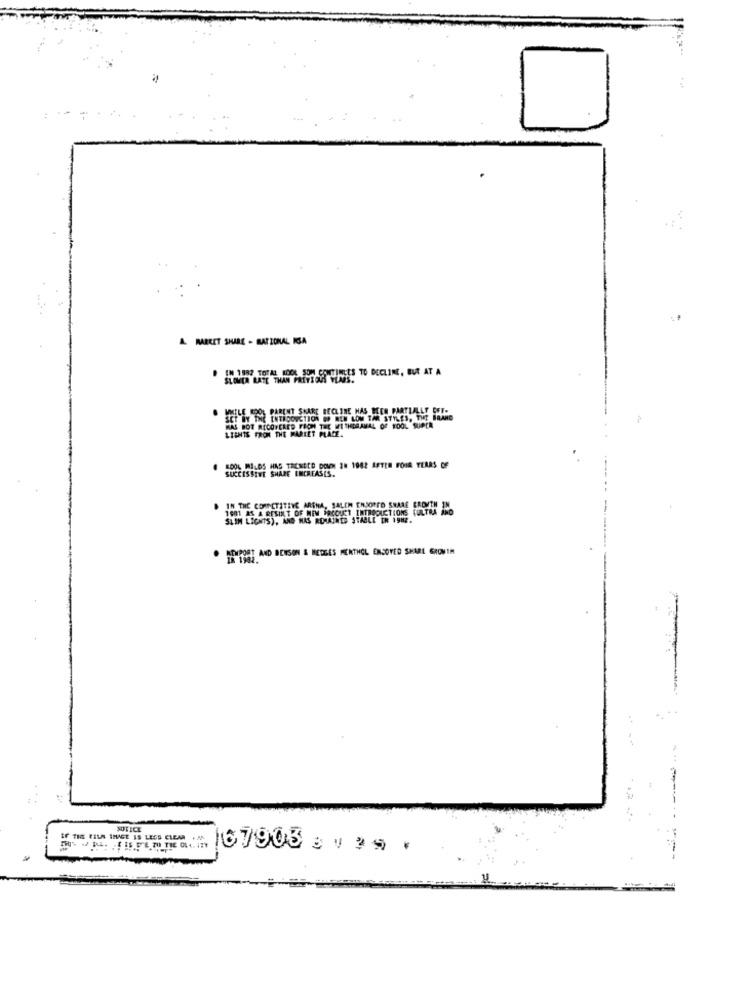
٠٫٠٠٠٠
A MARKET SHARE - RATIONAL IGA
IN 1982 TOTAL KOOL SOM CONTINUES TO DECLINE, BUR AT A
SLOWER RATE THAN PREVIOUS YEARS.
MAS BOT RECOVERED FROM THE WITHDRAWAL OF KOOL SUPER
LIENTS FROM THE MARKET PLACE.
CESSIVE SHARE INCREASES.
IN THE CORECTITEYE ARTHA, SALEN THJOFTO SHARE GROWTH
NPOST AND BENSON & MEDGES MENTHOL ENJOYED SHARE GROWTH
NOTICE
Er TIS FILM IMAGE IS LESS CLEAR . AN
167908 3135*